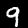
Digit: 9